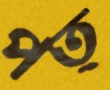
পত্